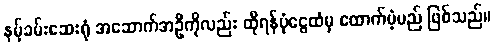
နမ့်ခမ်းဆေးရုံ အဆောက်အဦကိုလည်း ထိုရန်ပုံငွေထံမှ ထောက်ပံ့မည် ဖြစ်သည်။